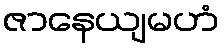
ဇာနေယျမဟံ